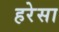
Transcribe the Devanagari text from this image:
हरेसा